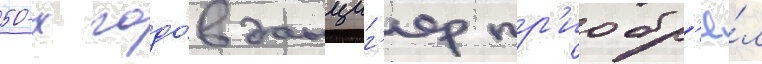
50-х годо́в данциг'ер пр'иобр'ё́л